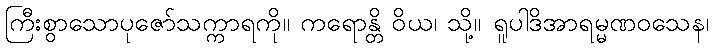
ကြီးစွာသောပုဇော်သက္ကာရကို။ ကရောန္တိ ဝိယ၊ သို့။ ရူပါဒိအာရမ္မဏဝသေန၊